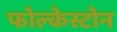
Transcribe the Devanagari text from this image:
फोल्केस्टोन